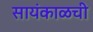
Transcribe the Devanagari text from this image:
सायंकाळची